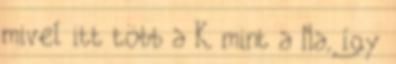
mivel itt több a K, mint a Na, így